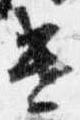
遣